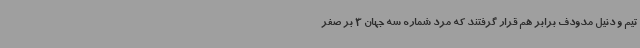
تیم و دنیل مدودف برابر هم قرار گرفتند که مرد شماره سه جهان 3 بر صفر